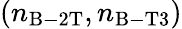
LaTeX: (n_{\mathrm{B-2T}},n_{\mathrm{B-T3}})